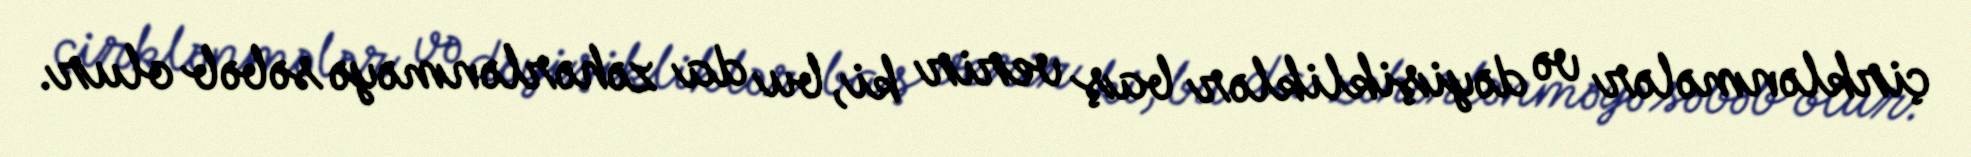
çirklənmələr və dəyişikliklər baş verir ki, bu da zəhərlənməyə səbəb olur.